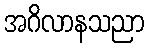
အဂိလာနသညာ